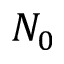
N _ { 0 }